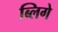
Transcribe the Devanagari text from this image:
ब्लिगे